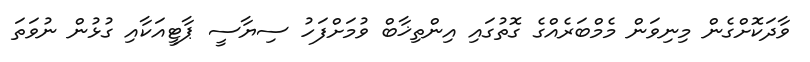
ވާދަކޮށްގެން މިނިވަން މެމްބަރެއްގެ ގޮތުގައި އިންތިޚާބް ވުމަށްފަހު ސިޔާސީ ޕާޓީއަކާއި ގުޅުން ނުވަތަ